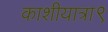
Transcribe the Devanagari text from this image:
काशीयात्रा९